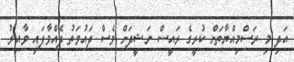
އަދި މި ރަސްމިއްޔާތަށް ކުރީގެ ރައީސް ނަޝީދަށް ވެސް ދައުވަތު ދެއްވާފައި ވާއިރު